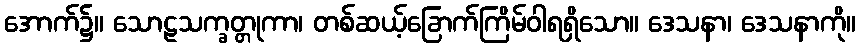
အောက်၌။ သောဠသက္ခတ္တုကာ၊ တစ်ဆယ့်ခြောက်ကြိမ်ဝါရရှိသော။ ဒေသနာ၊ ဒေသနာကို။